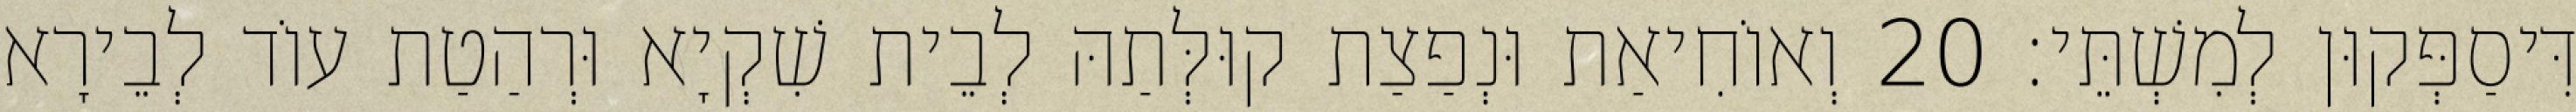
דִּיסַפְּקוּן לְמִשְׁתֵּי׃ 20 וְאוֹחִיאַת וּנְפַצַת קוּלְּתַהּ לְבֵית שִׁקְיָא וּרְהַטַת עוֹד לְבֵירָא